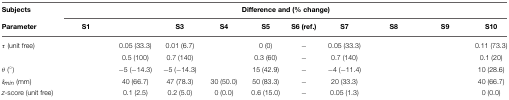
<table><thead><tr><td><b>Subjects</b></td><td colspan="10"><b>Difference and (% change)</b></td></tr><tr><td><b>Parameter</b></td><td><b>S1</b></td><td>[EMPTY_CELL]</td><td><b>S3</b></td><td><b>S4</b></td><td><b>S5</b></td><td><b>S6 (ref.)</b></td><td><b>S7</b></td><td><b>S8</b></td><td><b>S9</b></td><td><b>S10</b></td></tr></thead><tbody><tr><td>τ (unit free)</td><td>[EMPTY_CELL]</td><td>0.05 (33.3)</td><td>0.01 (6.7)</td><td>[EMPTY_CELL]</td><td>0 (0)</td><td>−</td><td>0.05 (33.3)</td><td>[EMPTY_CELL]</td><td>[EMPTY_CELL]</td><td>0.11 (73.3)</td></tr><tr><td>[EMPTY_CELL]</td><td>[EMPTY_CELL]</td><td>0.5 (100)</td><td>0.7 (140)</td><td>[EMPTY_CELL]</td><td>0.3 (60)</td><td>−</td><td>0.7 (140)</td><td>[EMPTY_CELL]</td><td>[EMPTY_CELL]</td><td>0.1 (20)</td></tr><tr><td>θ (°)</td><td>[EMPTY_CELL]</td><td>−5 (−14.3)</td><td>−5 (−14.3)</td><td>[EMPTY_CELL]</td><td>15 (42.9)</td><td>−</td><td>−4 (−11.4)</td><td>[EMPTY_CELL]</td><td>[EMPTY_CELL]</td><td>10 (28.6)</td></tr><tr><td>δ<sub><i>min</i></sub> (mm)</td><td>[EMPTY_CELL]</td><td>40 (66.7)</td><td>47 (78.3)</td><td>30 (50.0)</td><td>50 (83.3)</td><td>−</td><td>20 (33.3)</td><td>[EMPTY_CELL]</td><td>[EMPTY_CELL]</td><td>40 (66.7)</td></tr><tr><td><i>z</i>-score (unit free)</td><td>[EMPTY_CELL]</td><td>0.1 (2.5)</td><td>0.2 (5.0)</td><td>0 (0.0)</td><td>0.6 (15.0)</td><td>−</td><td>0.05 (1.3)</td><td>[EMPTY_CELL]</td><td>[EMPTY_CELL]</td><td>0 (0.0)</td></tr></tbody></table>